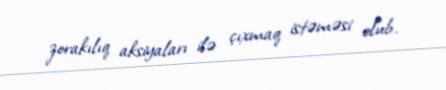
zorakılıq aksiyaları ilə çıxmaq istəməsi olub.